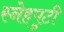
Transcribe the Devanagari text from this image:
स्नेहपुटी